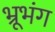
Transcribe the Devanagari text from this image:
भ्रूभंग